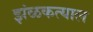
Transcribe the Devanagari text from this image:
झंळकत्याल